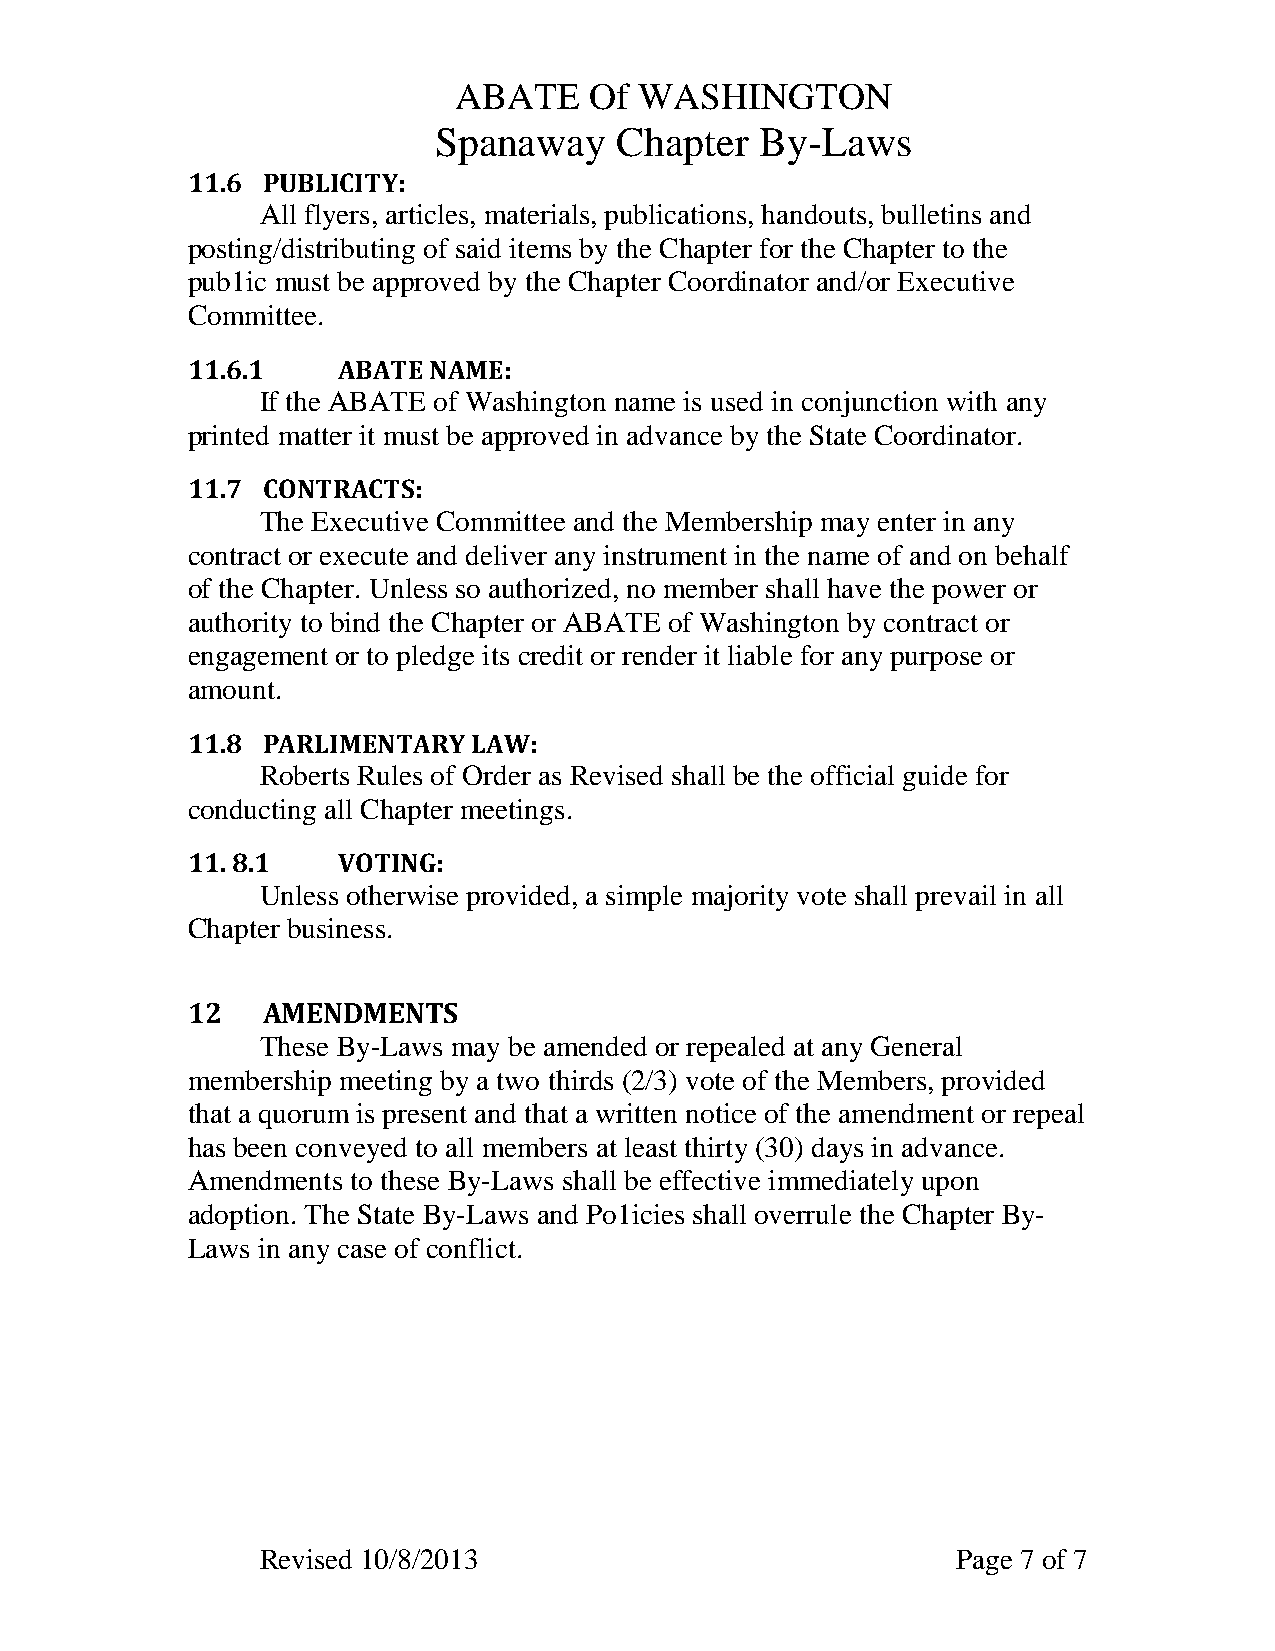
ABATE    Of WASHINGTON
 Spanaway    Chapter  By-Laws
 11.6 PUBLICITY:
 All flyers, articles, materials, publications, handouts, bulletins and
 posting/distributing of said items by the Chapter for the Chapter to the
 pub1ic must be approved by the Chapter Coordinator and/or Executive
 Committee.
 11.6.1    ABATE NAME:
 If the ABATE of Washington name is used in conjunction with any
 printed matter it must be approved in advance by the State Coordinator.
 11.7 CONTRACTS:
 The Executive Committee and the Membership may enter in any
 contract or execute and deliver any instrument in the name of and on behalf
 of the Chapter. Unless so authorized, no member shall have the power or
 authority to bind the Chapter or ABATE of Washington by contract or
 engagement or to pledge its credit or render it liable for any purpose or
 amount.
 11.8 PARLIMENTARY  LAW:
 Roberts Rules of Order as Revised shall be the official guide for
 conducting all Chapter meetings.
 11. 8.1   VOTING:
 Unless otherwise provided, a simple majority vote shall prevail in all
 Chapter business.
 12   AMENDMENTS
 These By-Laws may be amended or repealed at any General
 membership meeting by a two thirds (2/3) vote of the Members, provided
 that a quorum is present and that a written notice of the amendment or repeal
 has been conveyed to all members at least thirty (30) days in advance.
 Amendments to these By-Laws shall be effective immediately upon
 adoption. The State By-Laws and Po1icies shall overrule the Chapter By-
 Laws in any case of conflict.
 Revised 10/8/2013                             Page 7 of 7